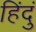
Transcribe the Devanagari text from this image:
हिंदुं